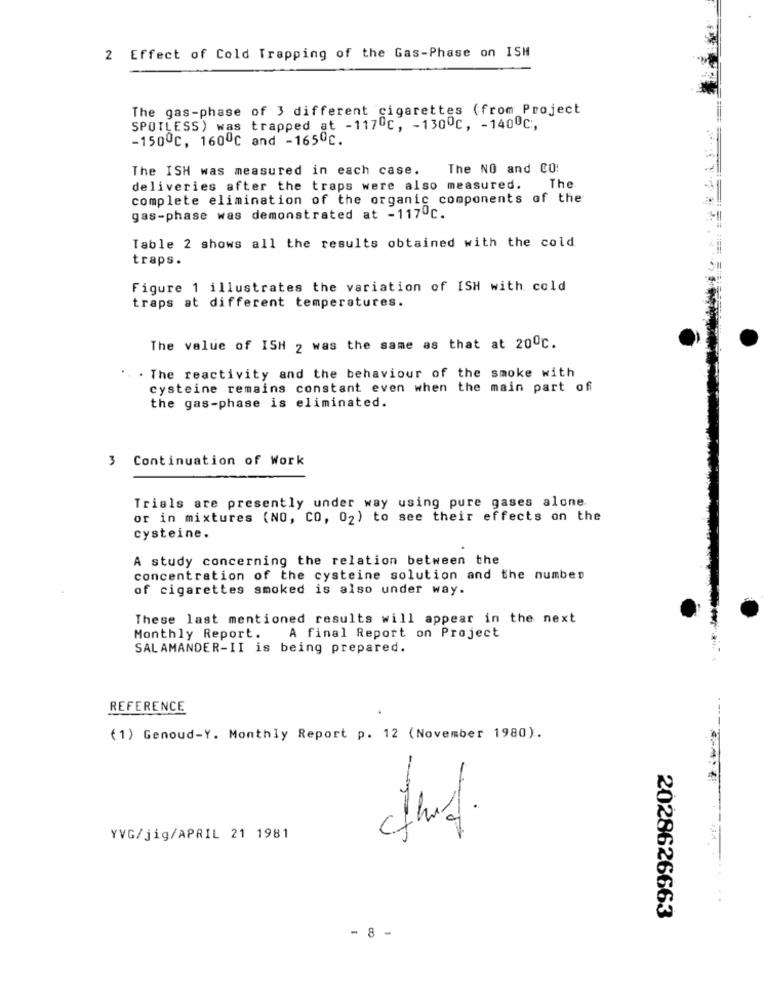
2 Effect of Cold Trapping of the Gas-Phase on ISH
The gas-phase of 3 different cigarettes (from Project
SPOTLESS) was trapped at -117 ℃, - 130ºc, - 140ºc :,
-150ºc, 1600℃ and -165ºc.
The ISH was measured in each case.
The NO and CO!
The
deliveries after the traps were also measured.
complete elimination of the organic components of the
gas-phase was demonstrated at -117ºc.
Table 2 shows all the results obtained with the cold
traps.
Figure 1 illustrates the variation of ISH with cold
traps at different temperatures.
The value of ISH 2 was the same as that at 20ºc.
. The reactivity and the behaviour of the smoke with
cysteine remains constant even when the main part of
the gas-phase is eliminated.
3 Continuation of Work
Trials are presently under way using pure gases alone
or in mixtures (NO, CO, 02) to see their effects on the
cysteine.
A study concerning the relation between the
concentration of the cysteine solution and the number
of cigarettes smoked is also under way.
These last mentioned results will appear in the next
Monthly Report.
A final Report on Project
SALAMANDER-II is being prepared.
REFERENCE
.
(1) Genoud-Y. Monthly Report p. 12 (November 1980).
YVG/jig/APRIL 21 1981
2028626663
- 8 -